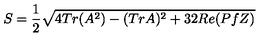
S = { \frac { 1 } { 2 } } \sqrt { 4 T r ( A ^ { 2 } ) - ( T r A ) ^ { 2 } + 3 2 R e ( P f Z ) }